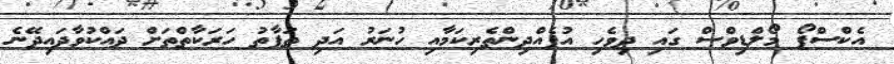
އެކްސްޕޯ މޯލްޑިވްސް ގައި ދިވެހި އުފެއްދިންތެރިކަމާއި ހުނަރު އަދި ތަފާތު ހަރަކާތްތަށް ދައްކުވާދައިދޭނެ